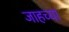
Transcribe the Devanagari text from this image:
जाहच्या